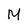
Character: m